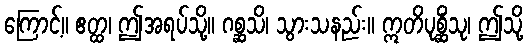
ကြောင့်။ ဧတ္ထ၊ ဤအရပ်သို့။ ဂစ္ဆသိ၊ သွားသနည်း။ ဣတိပုစ္ဆိံသု၊ ဤသို့